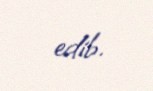
edib.